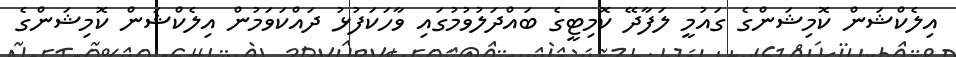
އިލެކްޝަން ކޮމިޝަންގެ ގައުމީ ލަފާދޭ ކޮމިޓީގެ ބައްދަލުވުމުގައި ވާހަކަފުޅު ދައްކަވަމުން އިލެކްޝަން ކޮމިޝަންގެ